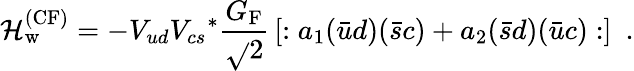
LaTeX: {\cal\mathcal{H}}_{\mathrm{{w}}}^{\mathrm{{(CF)}}}=-V_{ud}{V_{cs}}^{*}{\frac{{G_{\mathrm{{F}}}}}{{\sqrt{}{{2}}}}}\left[:a_{1}({\bar{{u}}}d)({\bar{{s}}}c)+a_{2}({\bar{{s}}}d)({\bar{{u}}}c):\right]\ \ .